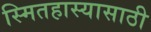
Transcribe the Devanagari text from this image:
स्मितहास्यासाठी